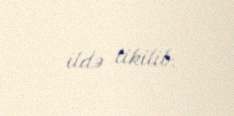
ildə tikilib.